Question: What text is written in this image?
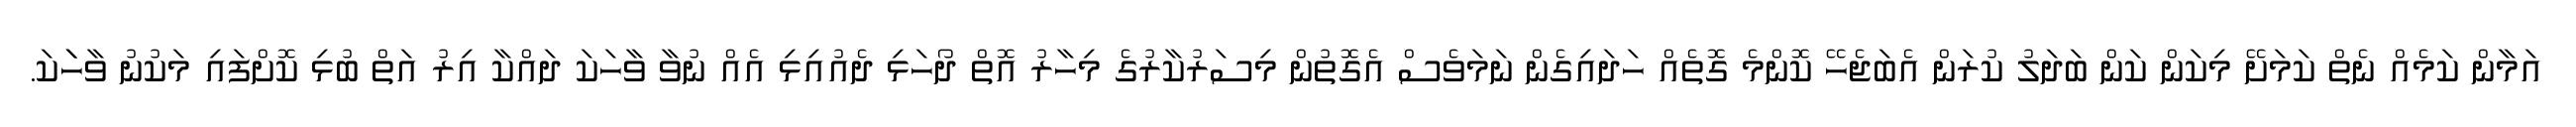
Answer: އަމާން ކަމެއް ނެތް ކަމަށޭ މިކަން ކަން ބަދަލު ކުރަން އެބަޖެހޭ ކޮންމެ ގޮތެއް ހަދައިގެން ނަމަވެސް އެގޮތުން މިސަރުކާރުގެ މިހާރު އޮތް ދޯހަޅި ދެއުއިޅި އެއް ނުވާ ވާހަކަ ދައްކާ އިރު އަތް ބުޅި ކޮށްފައި މަކުނު ވާހަަކަ.